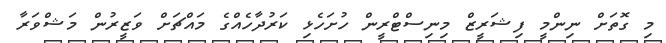
މި ގޮތަށް ނިންމީ ފިޝަރީޒް މިނިސްޓްރީން ހުށަހެޅި ކަރުދާހެއްގެ މައްޗަށް ވަޒީރުން މަޝްވަރާ